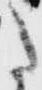
た